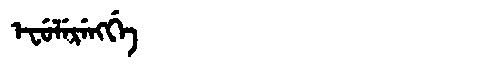
Manchu: ᡝᠸᡠᠯᡝᡵᡝᠩᡤᡝ
Romanization: EFULERENGGE